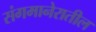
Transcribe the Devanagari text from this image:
संगमानेरातील